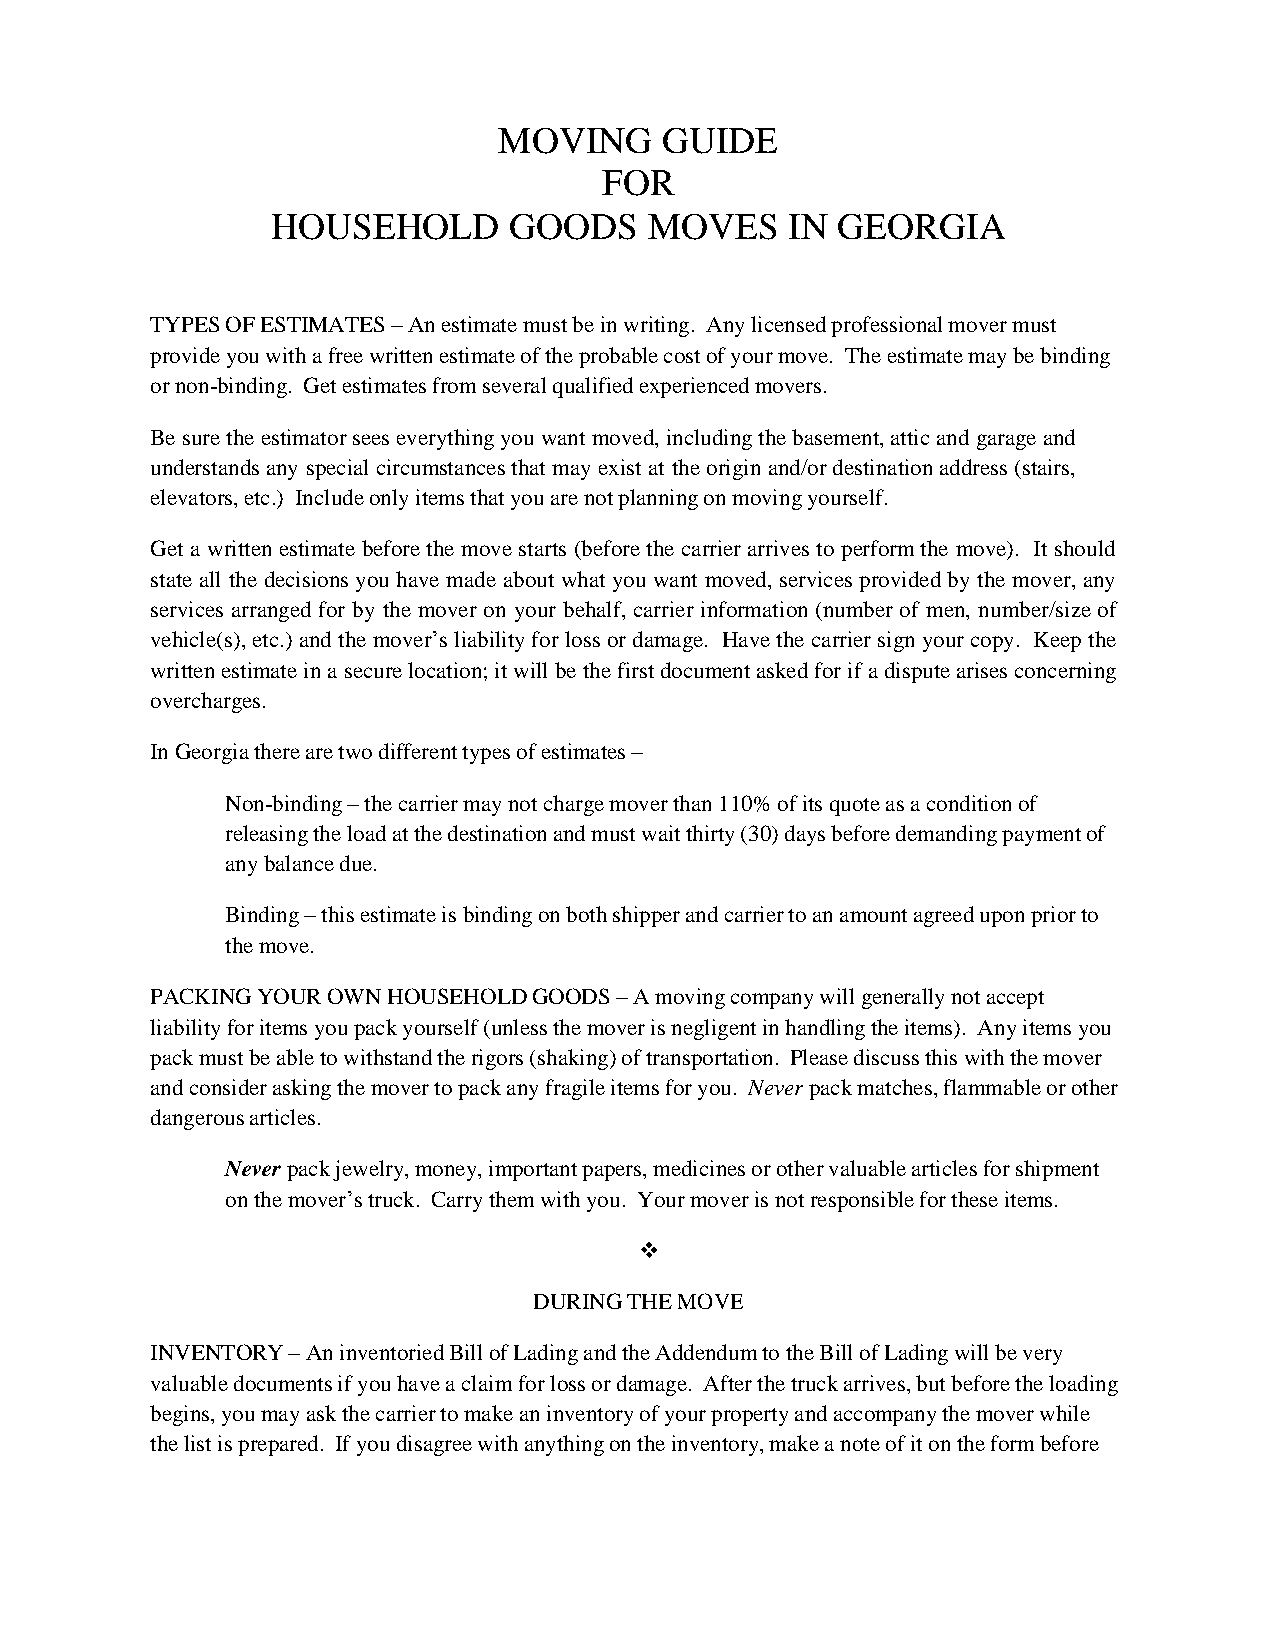
MOVING     GUIDE
 FOR
 HOUSEHOLD       GOODS    MOVES    IN GEORGIA
 TYPES OF ESTIMATES – An estimate must be in writing. Any licensed professional mover must
 provide you with a free written estimate of the probable cost of your move. The estimate may be binding
 or non-binding. Get estimates from several qualified experienced movers.
 Be sure the estimator sees everything you want moved, including the basement, attic and garage and
 understands any special circumstances that may exist at the origin and/or destination address (stairs,
 elevators, etc.) Include only items that you are not planning on moving yourself.
 Get a written estimate before the move starts (before the carrier arrives to perform the move). It should
 state all the decisions you have made about what you want moved, services provided by the mover, any
 services arranged for by the mover on your behalf, carrier information (number of men, number/size of
 vehicle(s), etc.) and the mover’s liability for loss or damage. Have the carrier sign your copy. Keep the
 written estimate in a secure location; it will be the first document asked for if a dispute arises concerning
 overcharges.
 In Georgia there are two different types of estimates –
 Non-binding – the carrier may not charge mover than 110% of its quote as a condition of
 releasing the load at the destination and must wait thirty (30) days before demanding payment of
 any balance due.
 Binding – this estimate is binding on both shipper and carrier to an amount agreed upon prior to
 the move.
 PACKING YOUR OWN HOUSEHOLD GOODS – A moving company will generally not accept
 liability for items you pack yourself (unless the mover is negligent in handling the items). Any items you
 pack must be able to withstand the rigors (shaking) of transportation. Please discuss this with the mover
 and consider asking the mover to pack any fragile items for you. Never pack matches, flammable or other
 dangerous articles.
 Never pack jewelry, money, important papers, medicines or other valuable articles for shipment
 on the mover’s truck. Carry them with you. Your mover is not responsible for these items.
 
 DURING THE MOVE
 INVENTORY – An inventoried Bill of Lading and the Addendum to the Bill of Lading will be very
 valuable documents if you have a claim for loss or damage. After the truck arrives, but before the loading
 begins, you may ask the carrier to make an inventory of your property and accompany the mover while
 the list is prepared. If you disagree with anything on the inventory, make a note of it on the form before